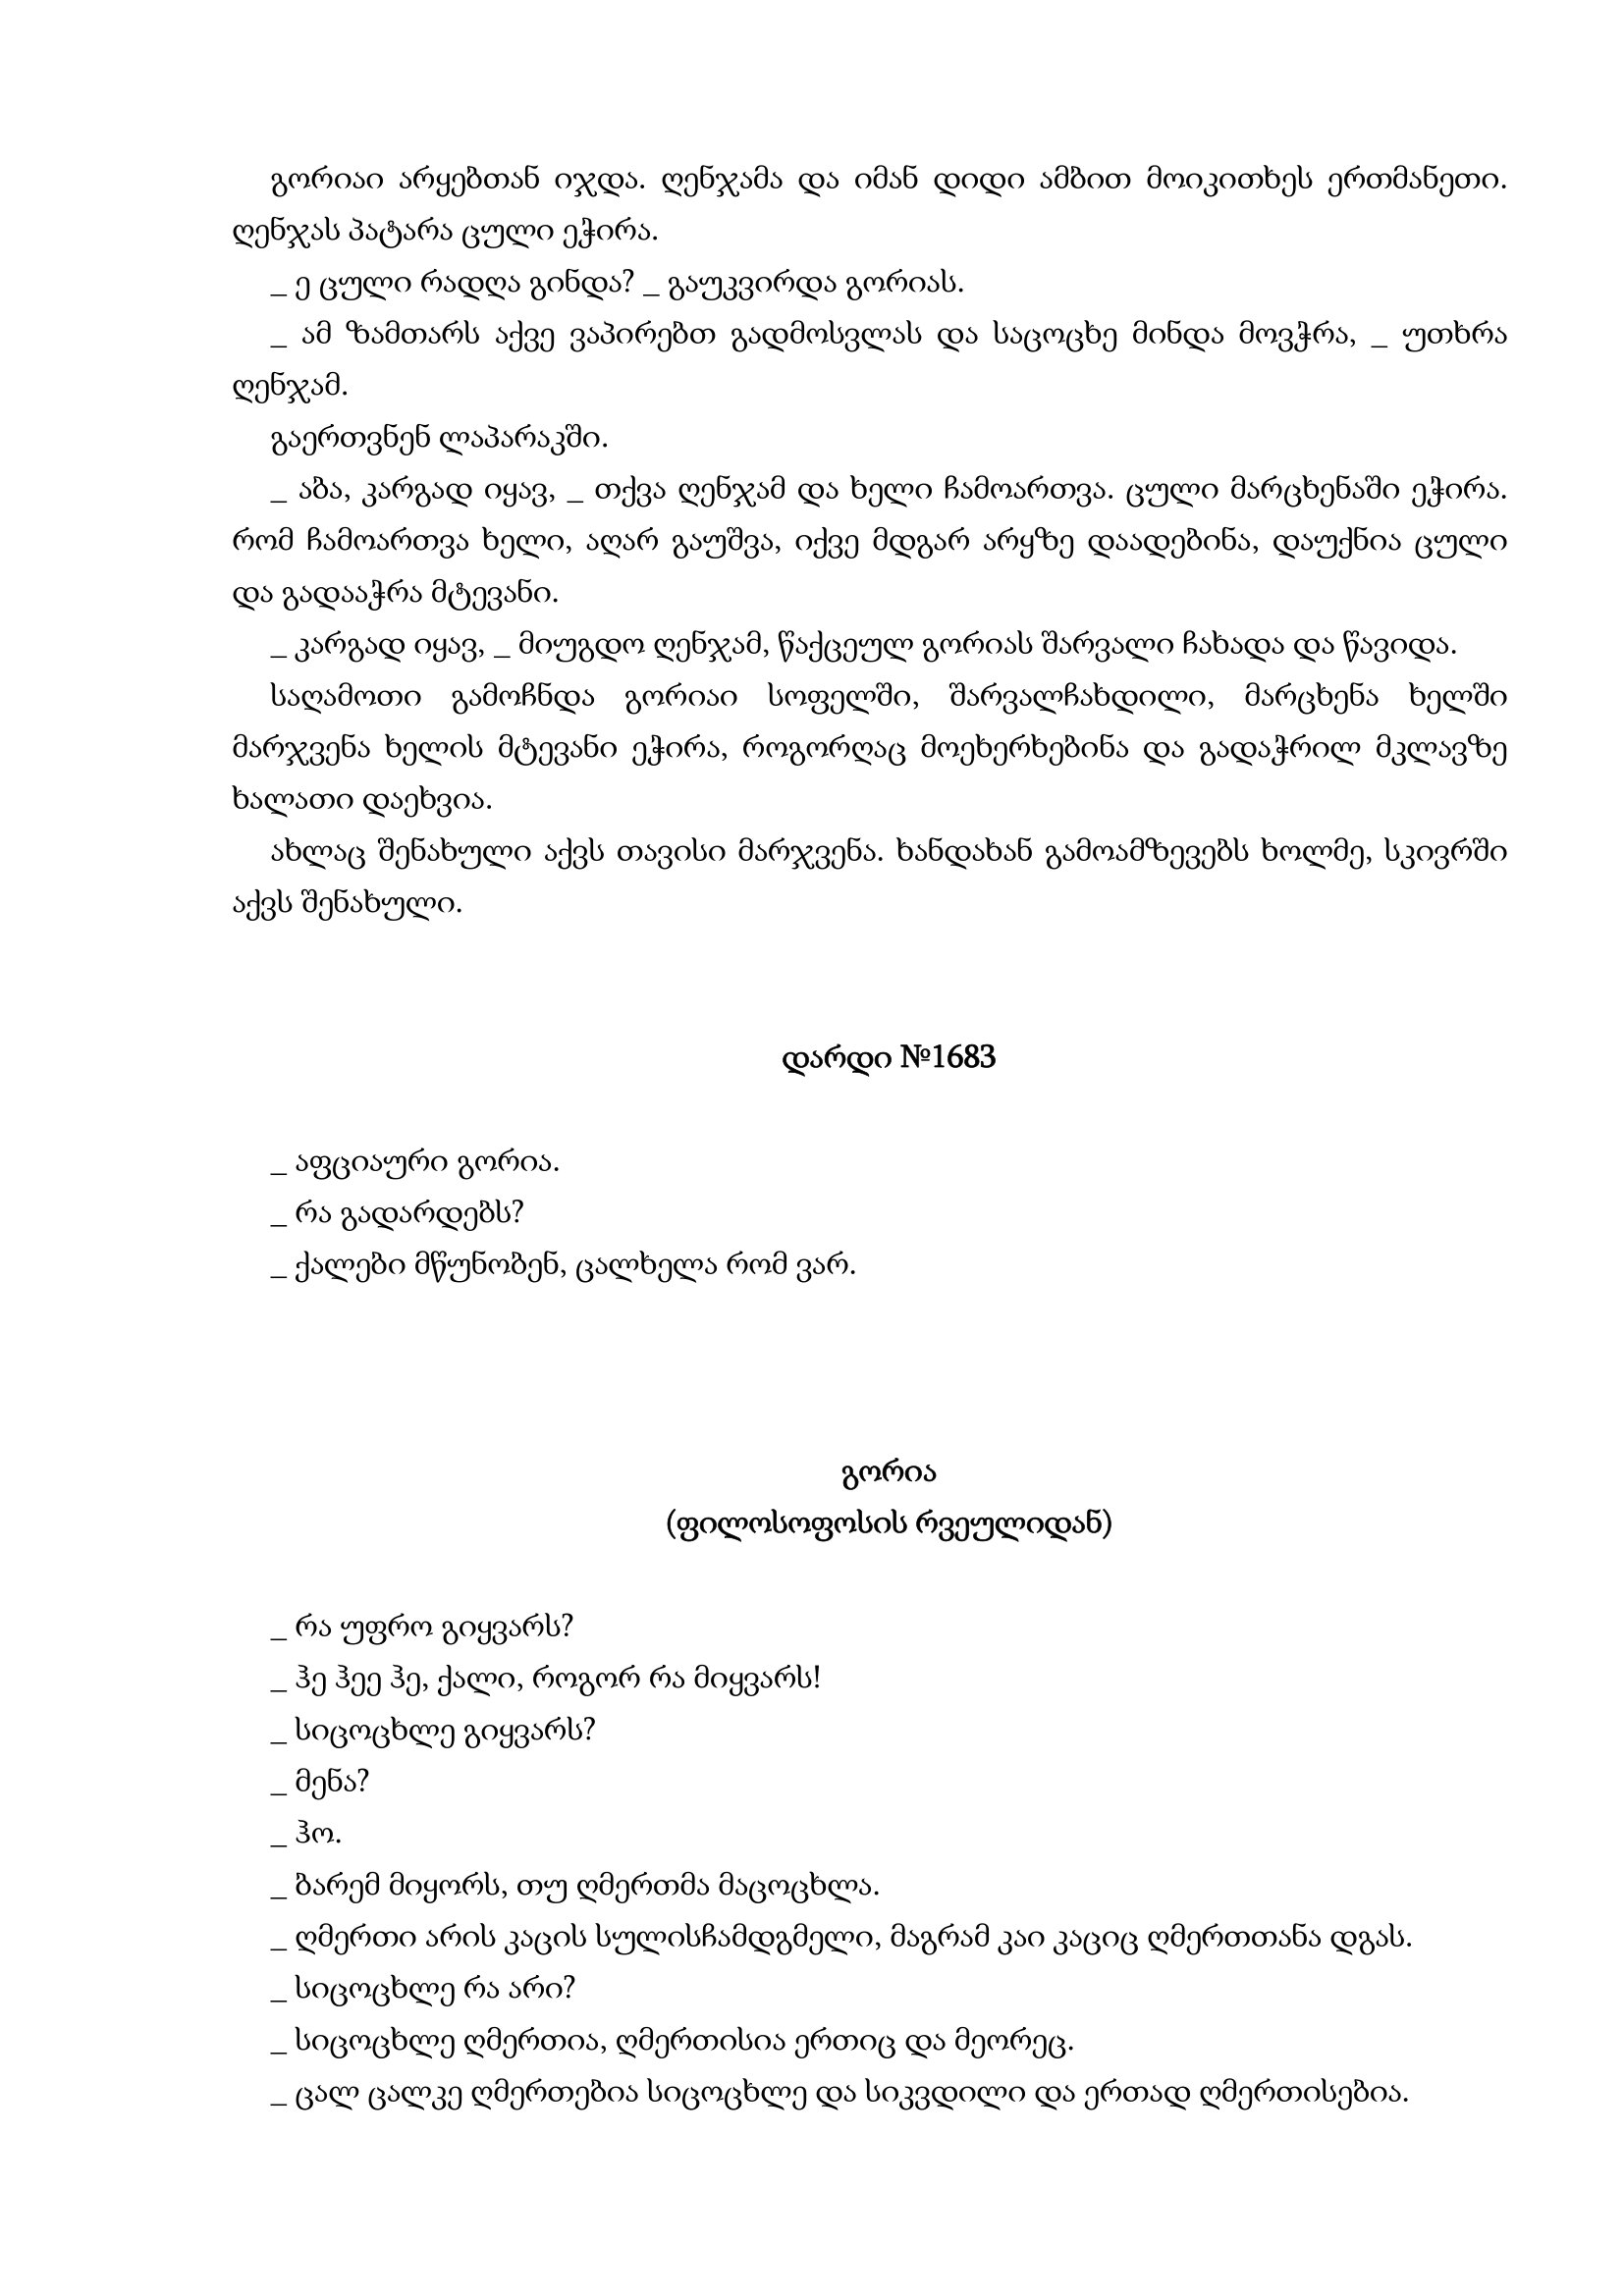
Language: gr